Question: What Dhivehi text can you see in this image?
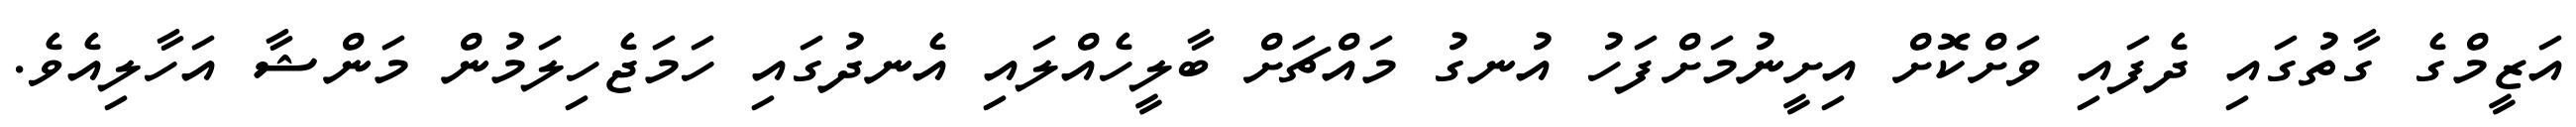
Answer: އަޒީމްގެ ގާތުގައި ދެފައި ވަށްކޮށް އިށީނުމަށްފަހު އުނގު މައްޗަށް ބާލީހެއްލައި އެނދުގައި ހަމަޖެހިލަމުން މަންޝާ އަހާލިއެވެ.